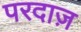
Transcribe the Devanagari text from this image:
परदाज़